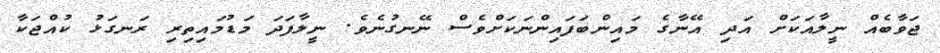
ޖަވާބެއް ނީލާއަކަށް އަދި އޭނާގެ މައިންބަފައިންނަކަށްވެސް ނޭނގުނެވެ. ނީލާފަދަ މަޑުމައިތިރި ރަނގަޅު ކުއްޖަކާ